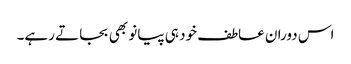
اس دوران عاطف خود ہی پیانو بھی بجاتے رہے۔